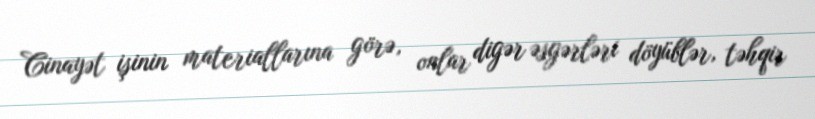
Cinayət işinin materiallarına görə, onlar digər əsgərləri döyüblər, təhqir